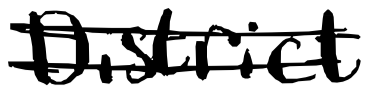
Text: District
Cross-out: double-line
Writing tool: digital_black